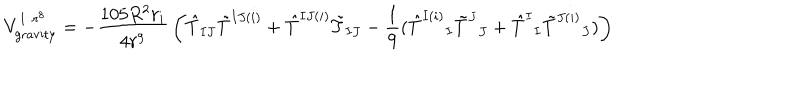
LaTeX: V _ { \mathrm { g r a v i t y } } ^ { 1 / r ^ { 8 } } = - { \frac { 1 0 5 R ^ { 2 } r _ { i } } { 4 r ^ { 9 } } } \left( \hat { T } _ { I J } \tilde { T } ^ { I J ( i ) } + \hat { T } ^ { I J ( i ) } \tilde { T } _ { I J } - { \frac { 1 } { 9 } } ( \hat { T } ^ { I ( i ) } { } _ { I } \tilde { T } ^ { J } { } _ { J } + \hat { T } ^ { I } { } _ { I } \tilde { T } ^ { J ( i ) } { } _ { J } ) \right) \,